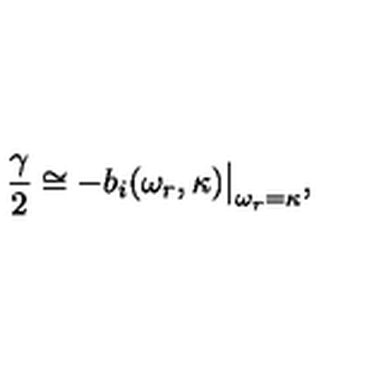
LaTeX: { \frac { \gamma } { 2 } } \cong - b _ { i } ( \omega _ { r } , \kappa ) { \big \vert } _ { \omega _ { r } = \kappa } ,